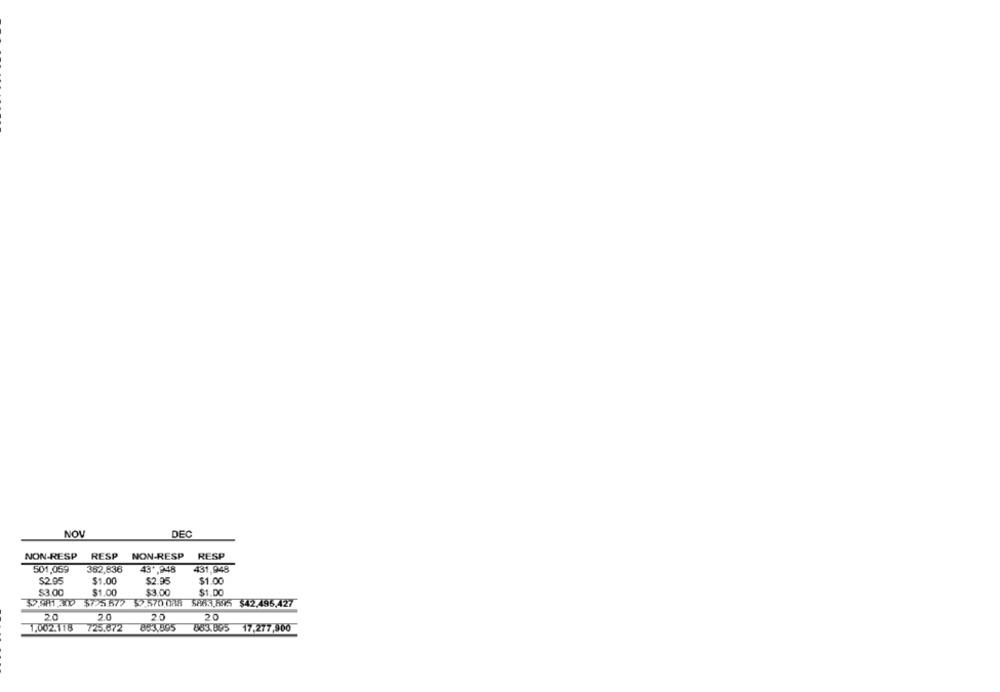
NOV
DEC
NON-RESP RESP NON-RESP RESP
501,059
352,836
43",948
431,948
$2.95
$1.00
$2.95
$1.00
$3.00
$1.00
$3.00
$1.DO
$2.981.300 $725.577 $2.570.038 5863,805 $42.495.427
20
2.0
20
20
1,002.118
725.872
883,895
863.895 17,277,900